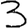
Digit: 3